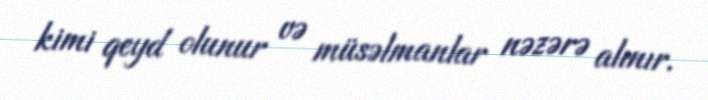
kimi qeyd olunur və müsəlmanlar nəzərə alınır.